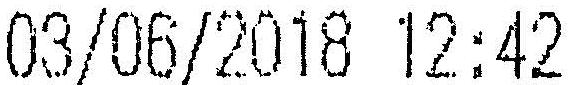
03/06/2018 12:42